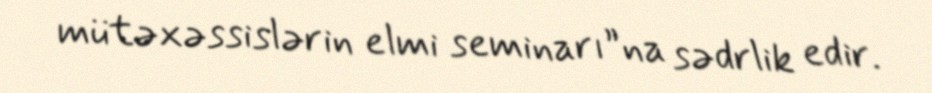
mütəxəssislərin elmi seminarı”na sədrlik edir.